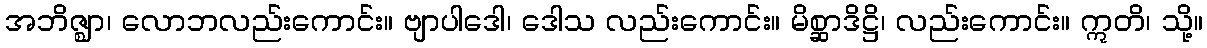
အဘိဇ္ဈာ၊ လောဘလည်းကောင်း။ ဗျာပါဒေါ၊ ဒေါသ လည်းကောင်း။ မိစ္ဆာဒိဋ္ဌိ၊ လည်းကောင်း။ ဣတိ၊ သို့။